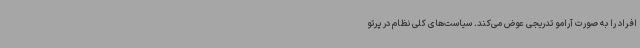
افراد را به صورت آرامو تدریجی عوض می‌کند. سیاست‌های کلی نظام در پرتو